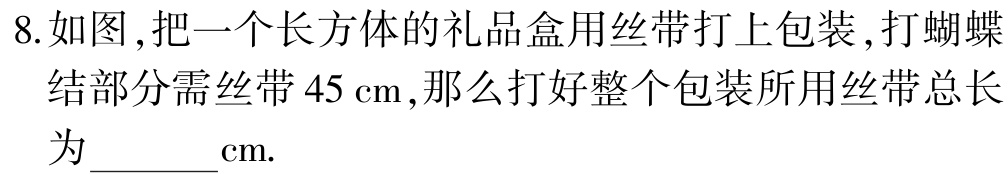
8.如图,把一个长方体的礼品盒用丝带打上包装,打蝴蝶结部分需丝带 \(45\mathrm{cm}\),那么打好整个包装所用丝带总长为______\(\mathrm{cm}\).